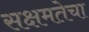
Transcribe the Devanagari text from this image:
सक्षमतेचा